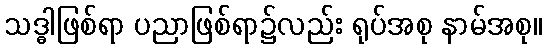
သဒ္ဓါဖြစ်ရာ ပညာဖြစ်ရာ၌လည်း ရုပ်အစု နာမ်အစု။